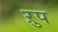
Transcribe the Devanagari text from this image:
ऱुप